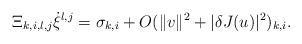
LaTeX: \begin{align*}\Xi_{k,i,l,j}\dot\xi^{l,j} =\sigma_{k,i}+O(\Vert v \Vert^{2} + \vert \delta J(u)\vert^{2})_{k,i}.\end{align*}